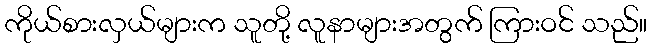
ကိုယ်စားလှယ်များက သူတို့ လူနာများအတွက် ကြားဝင် သည်။